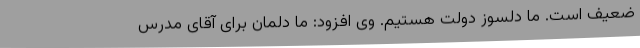
ضعیف است. ما دلسوز دولت هستیم. وی افزود: ما دلمان برای آقای مدرس